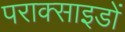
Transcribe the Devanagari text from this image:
पराक्साइडों